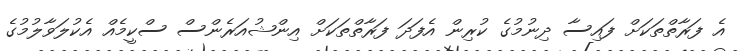
އެ ފަރާތްތަކަށް ފައިސާ ދިނުމުގެ ކުރިން އެފަދަ ފަރާތްތަކަށް އިންޝުއަރެންސް ސްކީމެއް އެކުލަވާލުމުގެ